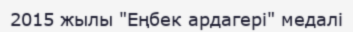
2015 жылы "Еңбек ардагері" медалі